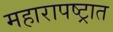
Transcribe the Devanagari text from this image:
महारापष्ट्रात